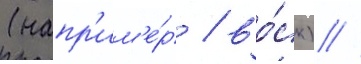
(напр'им'е́р / во́ск) //